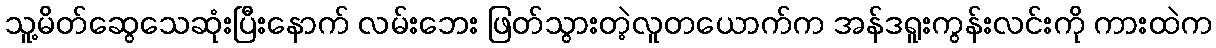
သူ့မိတ်ဆွေသေဆုံးပြီးနောက် လမ်းဘေး ဖြတ်သွားတဲ့လူတယောက်က အန်ဒရူးကွန်းလင်းကို ကားထဲက